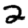
Digit: 2